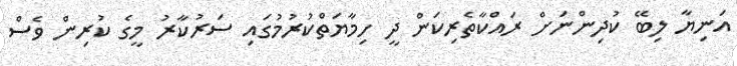
އަނިޔާ ލިބޭ ކުދިންނަށް ރައްކާތެރިކަން ދީ ހިމާޔަތްކުރުމުގައި ސަރުކާރު މީގެ ކުރިން ވެސް